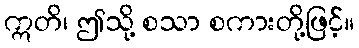
ဣတိ၊ ဤသို့ စသာ စကားတို့ဖြင့်။